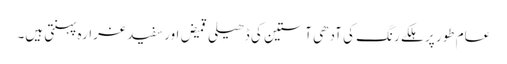
عام طور پر ہلکے رنگ کی آدھی آستین کی ڈھیلی قمیض اور سفید غرارہ پہنتی ہیں۔